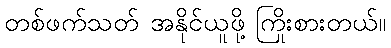
တစ်ဖက်သတ် အနိုင်ယူဖို့ ကြိုးစားတယ်။